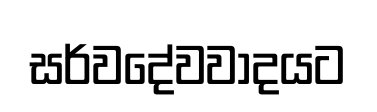
සර්වදේවවාදයට